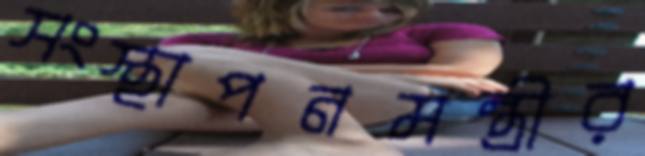
সংস্থাপনমন্ত্রীর